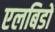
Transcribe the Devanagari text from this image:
एलबिडो